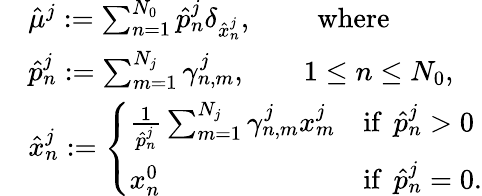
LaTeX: \begin{array}{rl}&{\hat{\mu}^{j}:=\sum_{n=1}^{N_{0}}\hat{p}_{n}^{j}\delta_{\hat{x}_{n}^{j}},\qquad\mathrm{~where}}\\ &{\hat{p}_{n}^{j}:=\sum_{m=1}^{N_{j}}\gamma_{n,m}^{j},\qquad 1\leq n\leq N_{0},}\\ &{\hat{x}_{n}^{j}:=\left\{ \begin{array}{ll}{\frac{1}{\hat{p}_{n}^{j}}\sum_{m=1}^{N_{j}}\gamma_{n,m}^{j}x_{m}^{j}}&{\mathrm{if~}\, {\hat{p}_{n}^{j}}>0}\\ {x_{n}^{0}}&{\mathrm{if~}\, {\hat{p}_{n}^{j}}=0.}\end{array}\right.}\end{array}